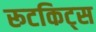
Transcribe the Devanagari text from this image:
रूटकिट्स